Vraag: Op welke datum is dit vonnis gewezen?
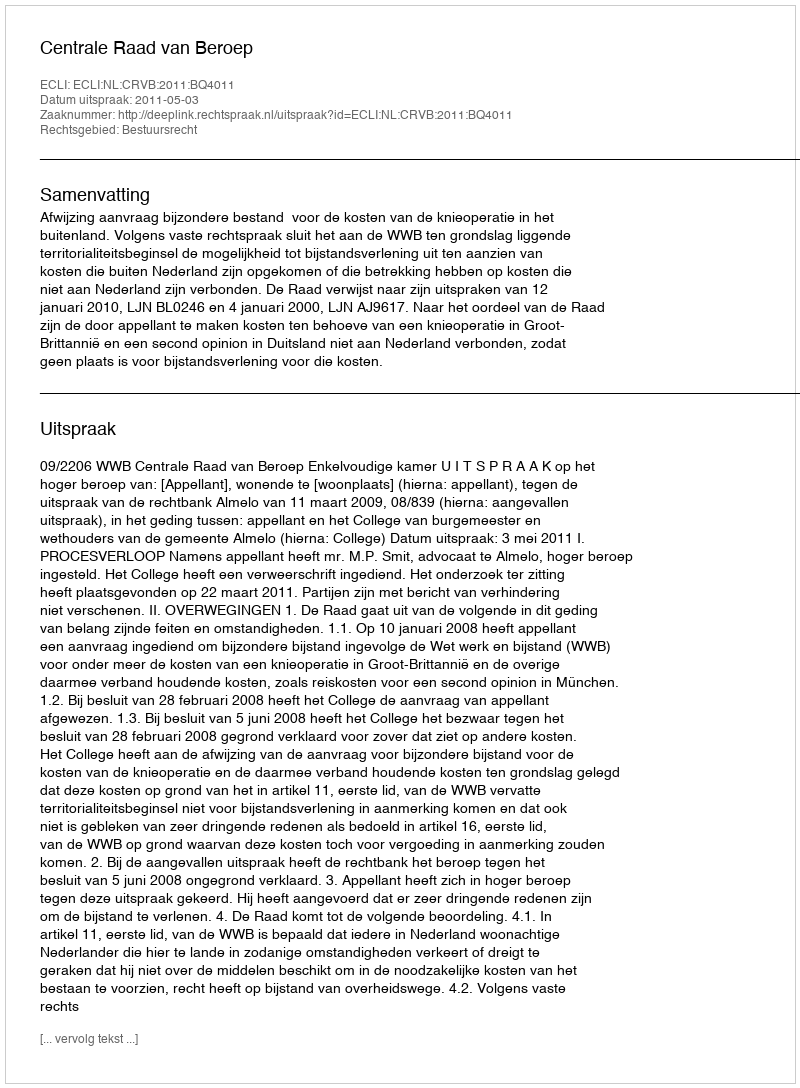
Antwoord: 2011-05-03